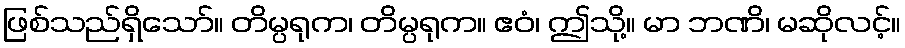
ဖြစ်သည်ရှိသော်။ တိမ္ပရုက၊ တိမ္ပရုက။ ဧဝံ၊ ဤသို့။ မာ ဘဏိ၊ မဆိုလင့်။